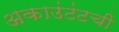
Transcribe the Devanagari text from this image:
अकाउंटंटची